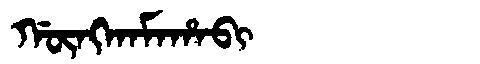
Manchu: ᡤᡡᠩᡴᠠᠮᠠᡥᠠᠪᡳ
Romanization: GŪNGKAMAHABI